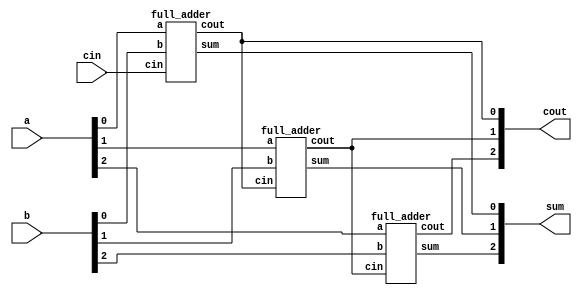
module top_module( 
    input [2:0] a, b,
    input cin,
    output [2:0] cout,
    output [2:0] sum );

full_adder FA1(a[0],b[0],cin,cout[0],sum[0]);
full_adder FA2(a[1],b[1],cout[0],cout[1],sum[1]);
full_adder FA3(a[2],b[2],cout[1],cout[2],sum[2]);


endmodule

module full_adder( 
    input a, b, cin,
    output cout, sum );

assign cout = a&b | b&cin | a&cin;
assign sum = a ^ b ^ cin;

endmodule